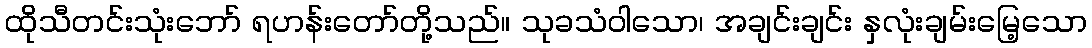
ထိုသီတင်းသုံးဘော် ရဟန်းတော်တို့သည်။ သုခသံဝါသော၊ အချင်းချင်း နှလုံးချမ်းမြေ့သော